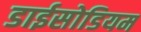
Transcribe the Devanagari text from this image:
डाईसोडियम